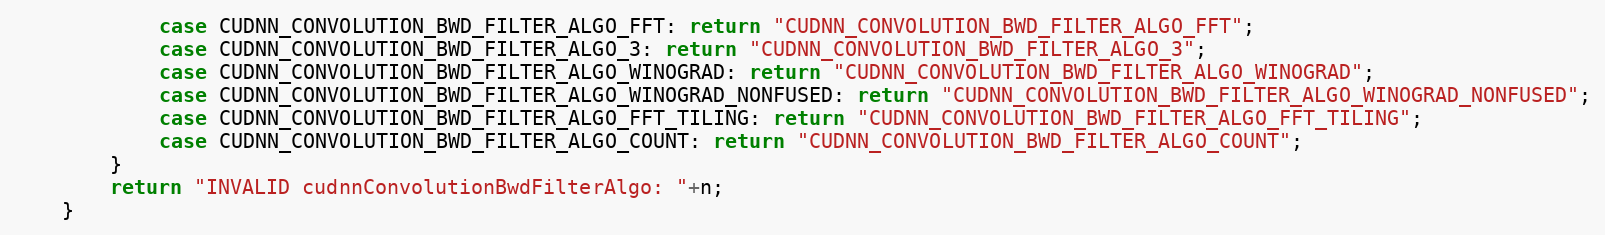
Language: Java
            case CUDNN_CONVOLUTION_BWD_FILTER_ALGO_FFT: return "CUDNN_CONVOLUTION_BWD_FILTER_ALGO_FFT";
            case CUDNN_CONVOLUTION_BWD_FILTER_ALGO_3: return "CUDNN_CONVOLUTION_BWD_FILTER_ALGO_3";
            case CUDNN_CONVOLUTION_BWD_FILTER_ALGO_WINOGRAD: return "CUDNN_CONVOLUTION_BWD_FILTER_ALGO_WINOGRAD";
            case CUDNN_CONVOLUTION_BWD_FILTER_ALGO_WINOGRAD_NONFUSED: return "CUDNN_CONVOLUTION_BWD_FILTER_ALGO_WINOGRAD_NONFUSED";
            case CUDNN_CONVOLUTION_BWD_FILTER_ALGO_FFT_TILING: return "CUDNN_CONVOLUTION_BWD_FILTER_ALGO_FFT_TILING";
            case CUDNN_CONVOLUTION_BWD_FILTER_ALGO_COUNT: return "CUDNN_CONVOLUTION_BWD_FILTER_ALGO_COUNT";
        }
        return "INVALID cudnnConvolutionBwdFilterAlgo: "+n;
    }